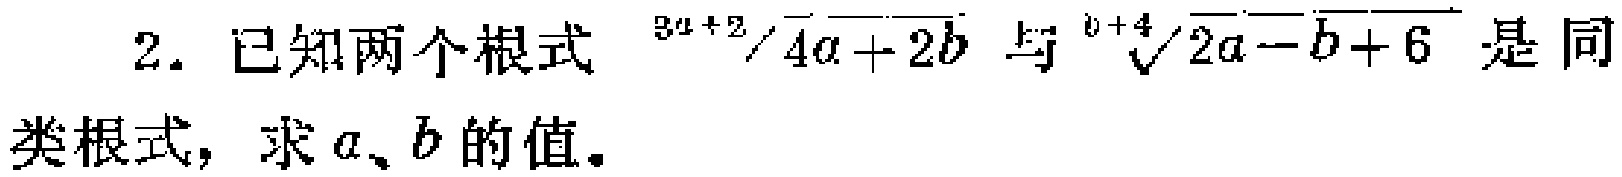
2. 已知两个根式$\sqrt[3a + 2]{4a + 2b}$与$\sqrt[b + 4]{2a - b + 6}$是同类根式，求$a、b$的值。